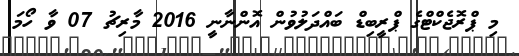
މި ޕްރޮޖެކްޓްގެ ޕްރީބިޑް ބައްދަލުވުން އޮންނާނީ 2016 މާރިޗު 07 ވާ ހޯމަ